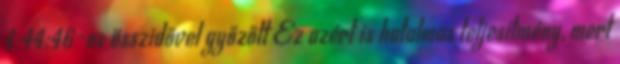
4:44:46-os összidővel győzőtt Ez azért is hatalmas teljesítmény, mert